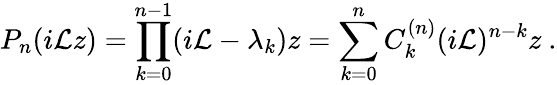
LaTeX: P_{n}(i\mathcal{L}z)=\prod_{k=0}^{n-1}(i\mathcal{L}-\lambda_{k})z=\sum_{k=0}^{n}C_{k}^{(n)}(i\mathcal{L})^{n-k}z~.